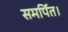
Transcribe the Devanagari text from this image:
समर्पित।